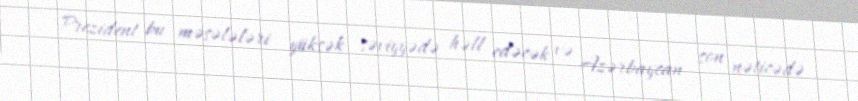
Prezident bu məsələləri yüksək səviyyədə həll edəcək və Azərbaycan son nəticədə